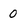
Character: 0